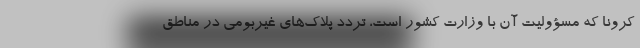
کرونا که مسؤولیت آن با وزارت کشور است، تردد پلاک‌های غیربومی در مناطق